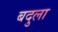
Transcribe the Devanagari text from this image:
बदुला